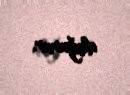
doğurur.